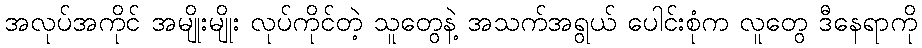
အလုပ်အကိုင် အမျိုးမျိုး လုပ်ကိုင်တဲ့ သူတွေနဲ့ အသက်အရွယ် ပေါင်းစုံက လူတွေ ဒီနေရာကို